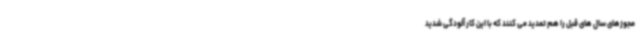
مجوزهای سال های قبل را هم تمدید می کنند که با این کار آلودگی شدید